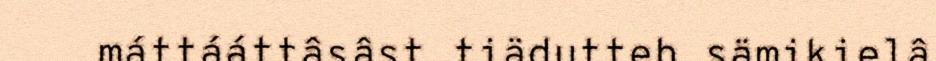
máttááttâsâst tiädutteh sämikielâ